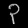
Digit: ၃